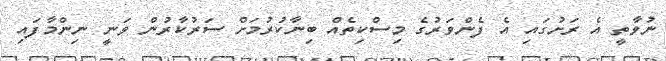
ނުވާތީ އެ ރަށުގައި އެ ފެންވަރުގެ މިސްކިތެއް ބިނާކުރުމަށް ސަރުކާރުން ވަނީ ނިންމާފައި